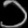
Digit: ၁